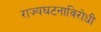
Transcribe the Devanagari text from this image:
राज्यघटनाविरोधी